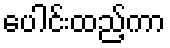
ပေါင်းထည့်ကာ